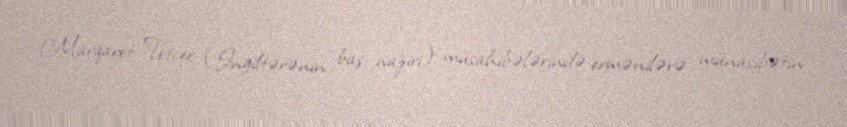
Marqaret Tetçer (İngiltərənin baş naziri) müsahibələrində ermənilərə münasibətin